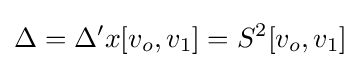
{}\Delta ={}\Delta 'x[v_{o},v_{1}]=S^{2}[v_{o},v_{1}]